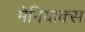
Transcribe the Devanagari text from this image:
मेनियाक्स